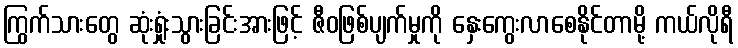
ကြွက်သားတွေ ဆုံးရှုံးသွားခြင်းအားဖြင့် ဇီဝဖြစ်ပျက်မှုကို နှေးကွေးလာစေနိုင်တာမို့ ကယ်လိုရီ